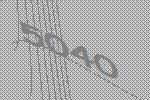
5040